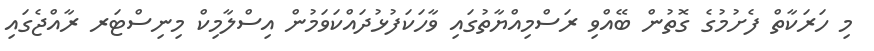
މި ހަރަކާތް ފެށުމުގެ ގޮތުން ބޭއްވި ރަސްމިއްޔާތުގައި ވާހަކަފުޅުދައްކަވަމުން އިސްލާމިކް މިނިސްޓަރ ރާއްޖެގައި